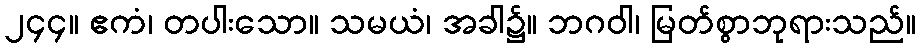
၂၄၄။ ဧကံ၊ တပါးသော။ သမယံ၊ အခါ၌။ ဘဂဝါ၊ မြတ်စွာဘုရားသည်။